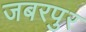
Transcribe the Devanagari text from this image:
जबरपुर